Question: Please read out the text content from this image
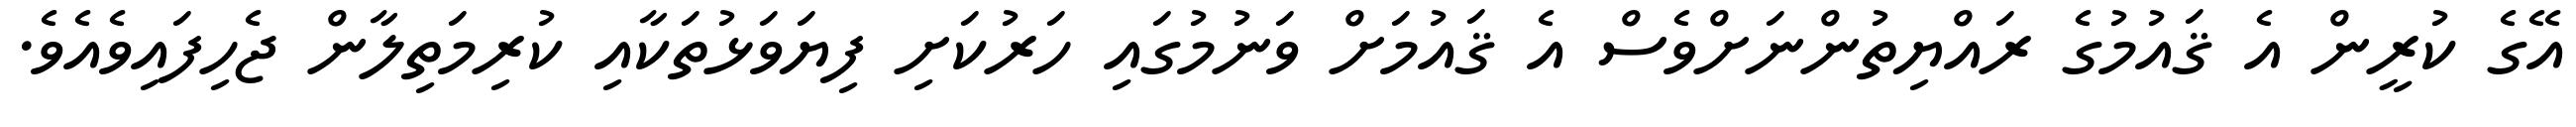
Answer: އޭގެ ކުރީން އެ ޤައުމުގެ ރައްޔިތުންނަށްވެސް އެ ޤައުމަށް ވަނުމުގައި ހަރުކަށި ފިޔަވަޅުތަކާއި ކުރިމަތިލާން ޖެހިފައިވެއެވެ.